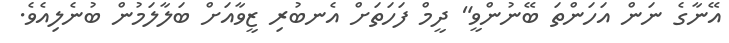
އޭނާގެ ނަން އަހަންތަ ބޭނުންވީ" ދީމް ފަހަތަށް އެނބުރި ޒީވާއަށް ބަލާލަމުން ބުނެލިއެވެ.